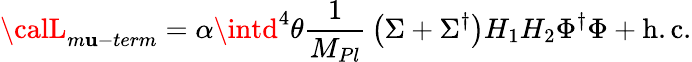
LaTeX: {\calL}_{m\mathbf{u}-term}=\alpha\intd^{4}\theta{\frac{{1}}{{M_{Pl}}}}\left(\Sigma+\Sigma^{\dagger}\right)H_{1}H_{2}\Phi^{\dagger}\Phi+\mathrm{{h.c.}}